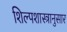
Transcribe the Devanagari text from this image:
शिल्पशास्त्रानुसार